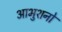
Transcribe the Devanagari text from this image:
आभुशनो